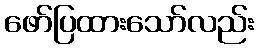
ဖော်ပြထားသော်လည်း